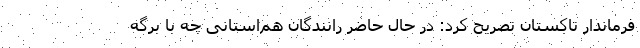
فرماندار تاکستان تصریح کرد: در حال حاضر رانندگان هم‌استانی چه با برگه